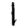
Digit: 1